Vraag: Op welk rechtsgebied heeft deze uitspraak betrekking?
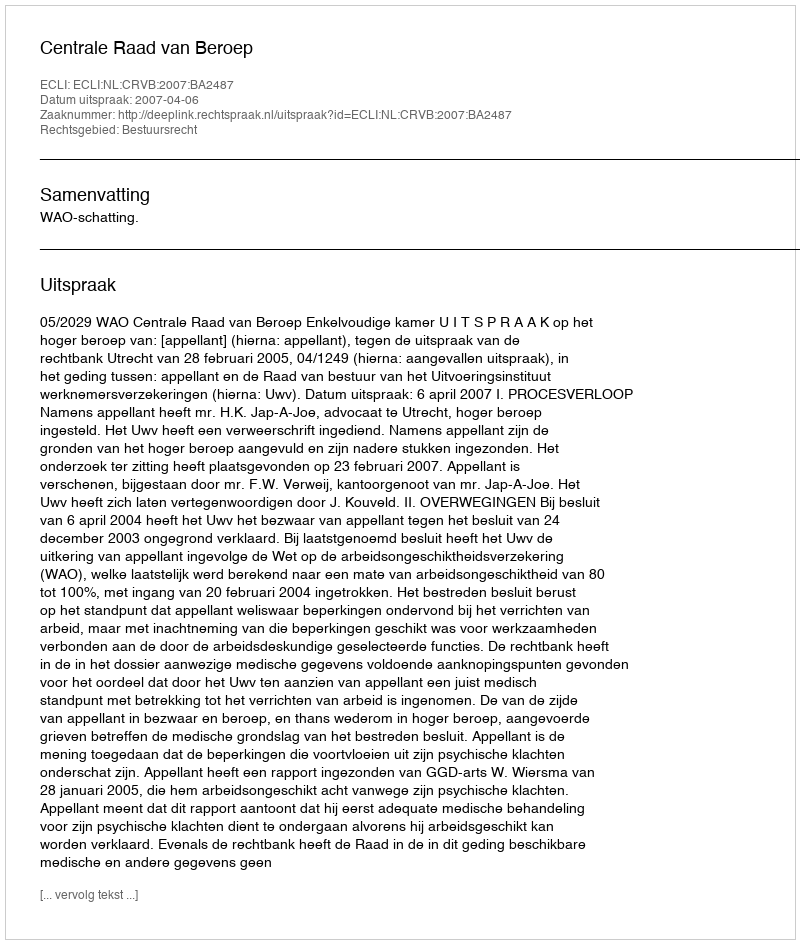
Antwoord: Bestuursrecht